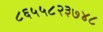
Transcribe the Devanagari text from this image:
८६५५८२३७४८